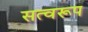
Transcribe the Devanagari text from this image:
सत्वरूप